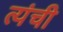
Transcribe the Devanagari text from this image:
त्यंची